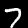
Digit: 7